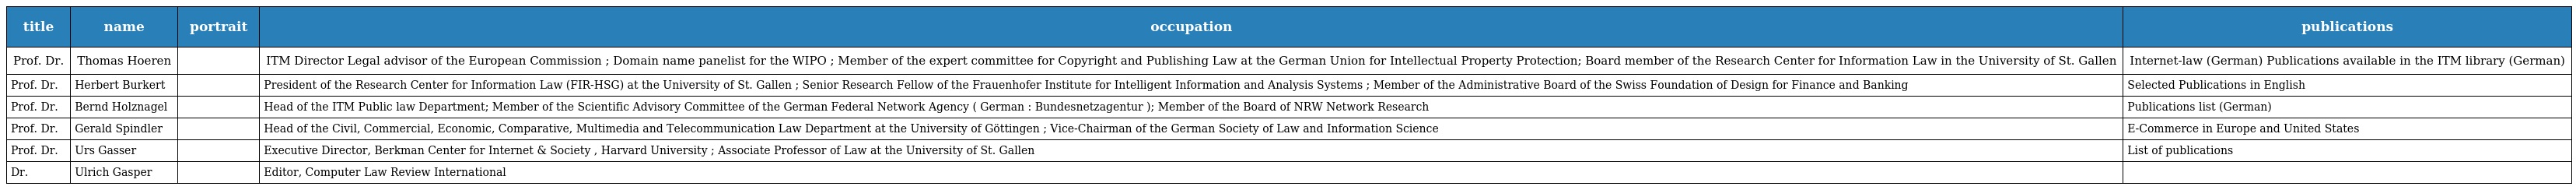
| title | name | portrait | occupation | publications |
 | --- | --- | --- | --- | --- |
 | Prof. Dr. | Thomas Hoeren |  | ITM Director Legal advisor of the European Commission ; Domain name panelist for the WIPO ; Member of the expert committee for Copyright and Publishing Law at the German Union for Intellectual Property Protection; Board member of the Research Center for Information Law in the University of St. Gallen | Internet-law (German) Publications available in the ITM library (German) |
 | Prof. Dr. | Herbert Burkert |  | President of the Research Center for Information Law (FIR-HSG) at the University of St. Gallen ; Senior Research Fellow of the Frauenhofer Institute for Intelligent Information and Analysis Systems ; Member of the Administrative Board of the Swiss Foundation of Design for Finance and Banking | Selected Publications in English |
 | Prof. Dr. | Bernd Holznagel |  | Head of the ITM Public law Department; Member of the Scientific Advisory Committee of the German Federal Network Agency ( German : Bundesnetzagentur ); Member of the Board of NRW Network Research | Publications list (German) |
 | Prof. Dr. | Gerald Spindler |  | Head of the Civil, Commercial, Economic, Comparative, Multimedia and Telecommunication Law Department at the University of Göttingen ; Vice-Chairman of the German Society of Law and Information Science | E-Commerce in Europe and United States |
 | Prof. Dr. | Urs Gasser |  | Executive Director, Berkman Center for Internet & Society , Harvard University ; Associate Professor of Law at the University of St. Gallen | List of publications |
 | Dr. | Ulrich Gasper |  | Editor, Computer Law Review International |  |